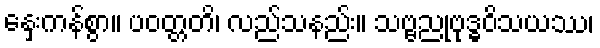
နှေးကန်စွာ။ ပဝတ္တတိ၊ လည်သနည်း။ သဗ္ဗညုဗုဒ္ဓဝိသယဿ၊